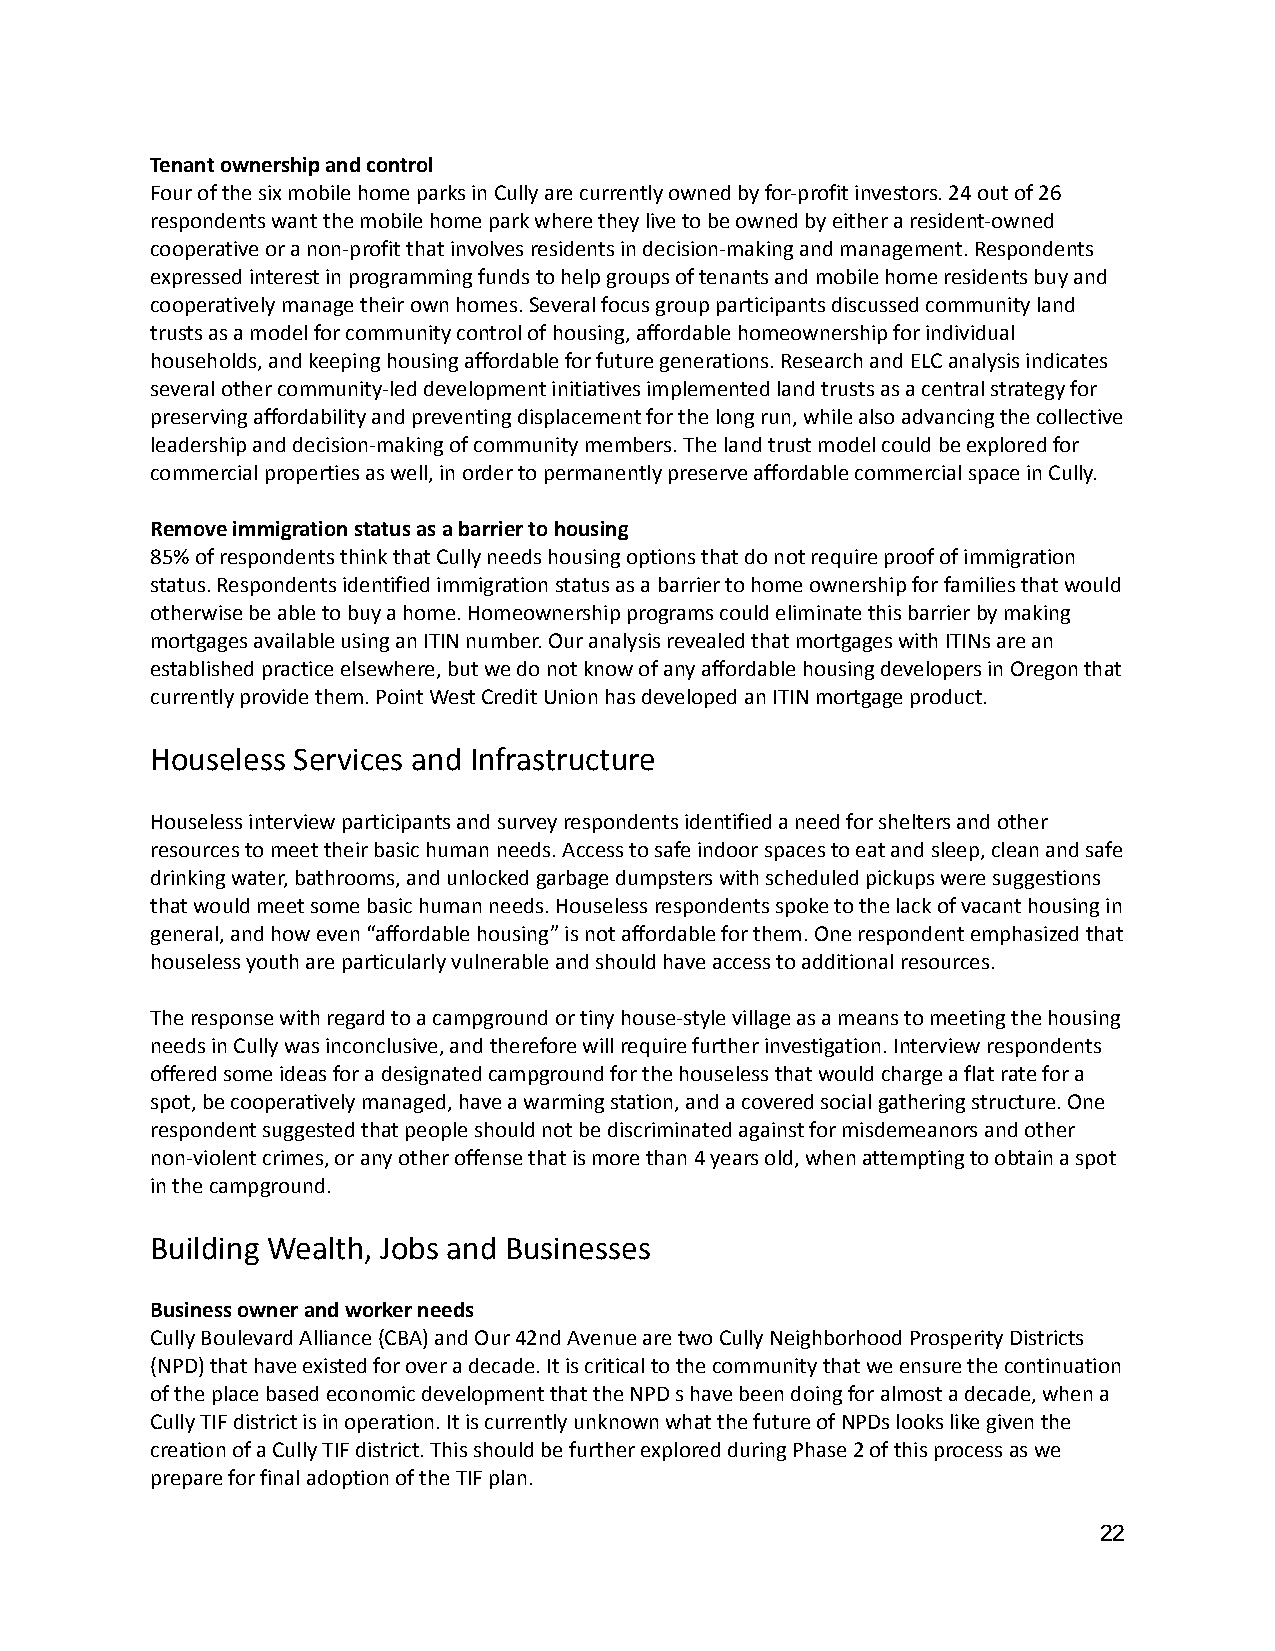
Tenant ownership and control
 Four of the six mobile home parks in Cully are currentlyowned by for-profit investors. 24 out of 26
 respondents want the mobile home park where they liveto be owned by either a resident-owned
 cooperative or a non-profit that involves residentsin decision-making and management. Respondents
 expressed interest in programming funds to help groupsof tenants and mobile home residents buy and
 cooperatively manage their own homes. Several focusgroup participants discussed community land
 trusts as a model for community control of housing,affordable homeownership for individual
 households, and keeping housing affordable for futuregenerations. Research and ELC analysis indicates
 several other community-led development initiativesimplemented land trusts as a central strategy for
 preserving affordability and preventing displacementfor the long run, while also advancing the collective
 leadership and decision-making of community members.The land trust model could be explored for
 commercial properties as well, in order to permanentlypreserve affordable commercial space in Cully.
 Remove immigration status as a barrier to housing
 85% of respondents think that Cully needs housingoptions that do not require proof of immigration
 status. Respondents identified immigration statusas a barrier to home ownership for families that would
 otherwise be able to buy a home. Homeownership programscould eliminate this barrier by making
 mortgages available using an ITIN number. Our analysisrevealed that mortgages with ITINs are an
 established practice elsewhere, but we do not knowof any affordable housing developers in Oregon that
 currently provide them. Point West Credit Union hasdeveloped an ITIN mortgage product.
 Houseless Services and Infrastructure
 Houseless interview participants and survey respondentsidentified a need for shelters and other
 resources to meet their basic human needs. Accessto safe indoor spaces to eat and sleep, clean andsafe
 drinking water, bathrooms, and unlocked garbage dumpsterswith scheduled pickups were suggestions
 that would meet some basic human needs. Houselessrespondents spoke to the lack of vacant housing in
 general, and how even “affordable housing” is notaffordable for them. One respondent emphasized that
 houseless youth are particularly vulnerable and shouldhave access to additional resources.
 The response with regard to a campground or tiny house-stylevillage as a means to meeting the housing
 needs in Cully was inconclusive, and therefore willrequire further investigation. Interview respondents
 offered some ideas for a designated campground forthe houseless that would charge a flat rate for a
 spot, be cooperatively managed, have a warming station,and a covered social gathering structure. One
 respondent suggested that people should not be discriminatedagainst for misdemeanors and other
 non-violent crimes, or any other offense that is morethan 4 years old, when attempting to obtain a spot
 in the campground.
 Building Wealth, Jobs and Businesses
 Business owner and worker needs
 Cully Boulevard Alliance (CBA) and Our 42nd Avenueare two Cully Neighborhood Prosperity Districts
 (NPD) that have existed for over a decade. It is criticalto the community that we ensure the continuation
 of the place based economic development that the NPDs have been doing for almost a decade, when a
 Cully TIF district is in operation. It is currentlyunknown what the future of NPDs looks like giventhe
 creation of a Cully TIF district. This should be furtherexplored during Phase 2 of this process as we
 prepare for final adoption of the TIF plan.
 22